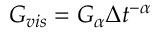
G _ { v i s } = G _ { \alpha } \Delta t ^ { - \alpha }